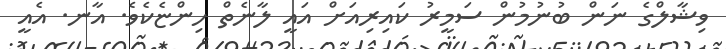
ވިޝާލްގެ ނަން ބުނުމުން ސަމީރު ކައިރިއަށް އައީ ލާނެތް ހިންޏެކެވެ. އާނ. އެއީ